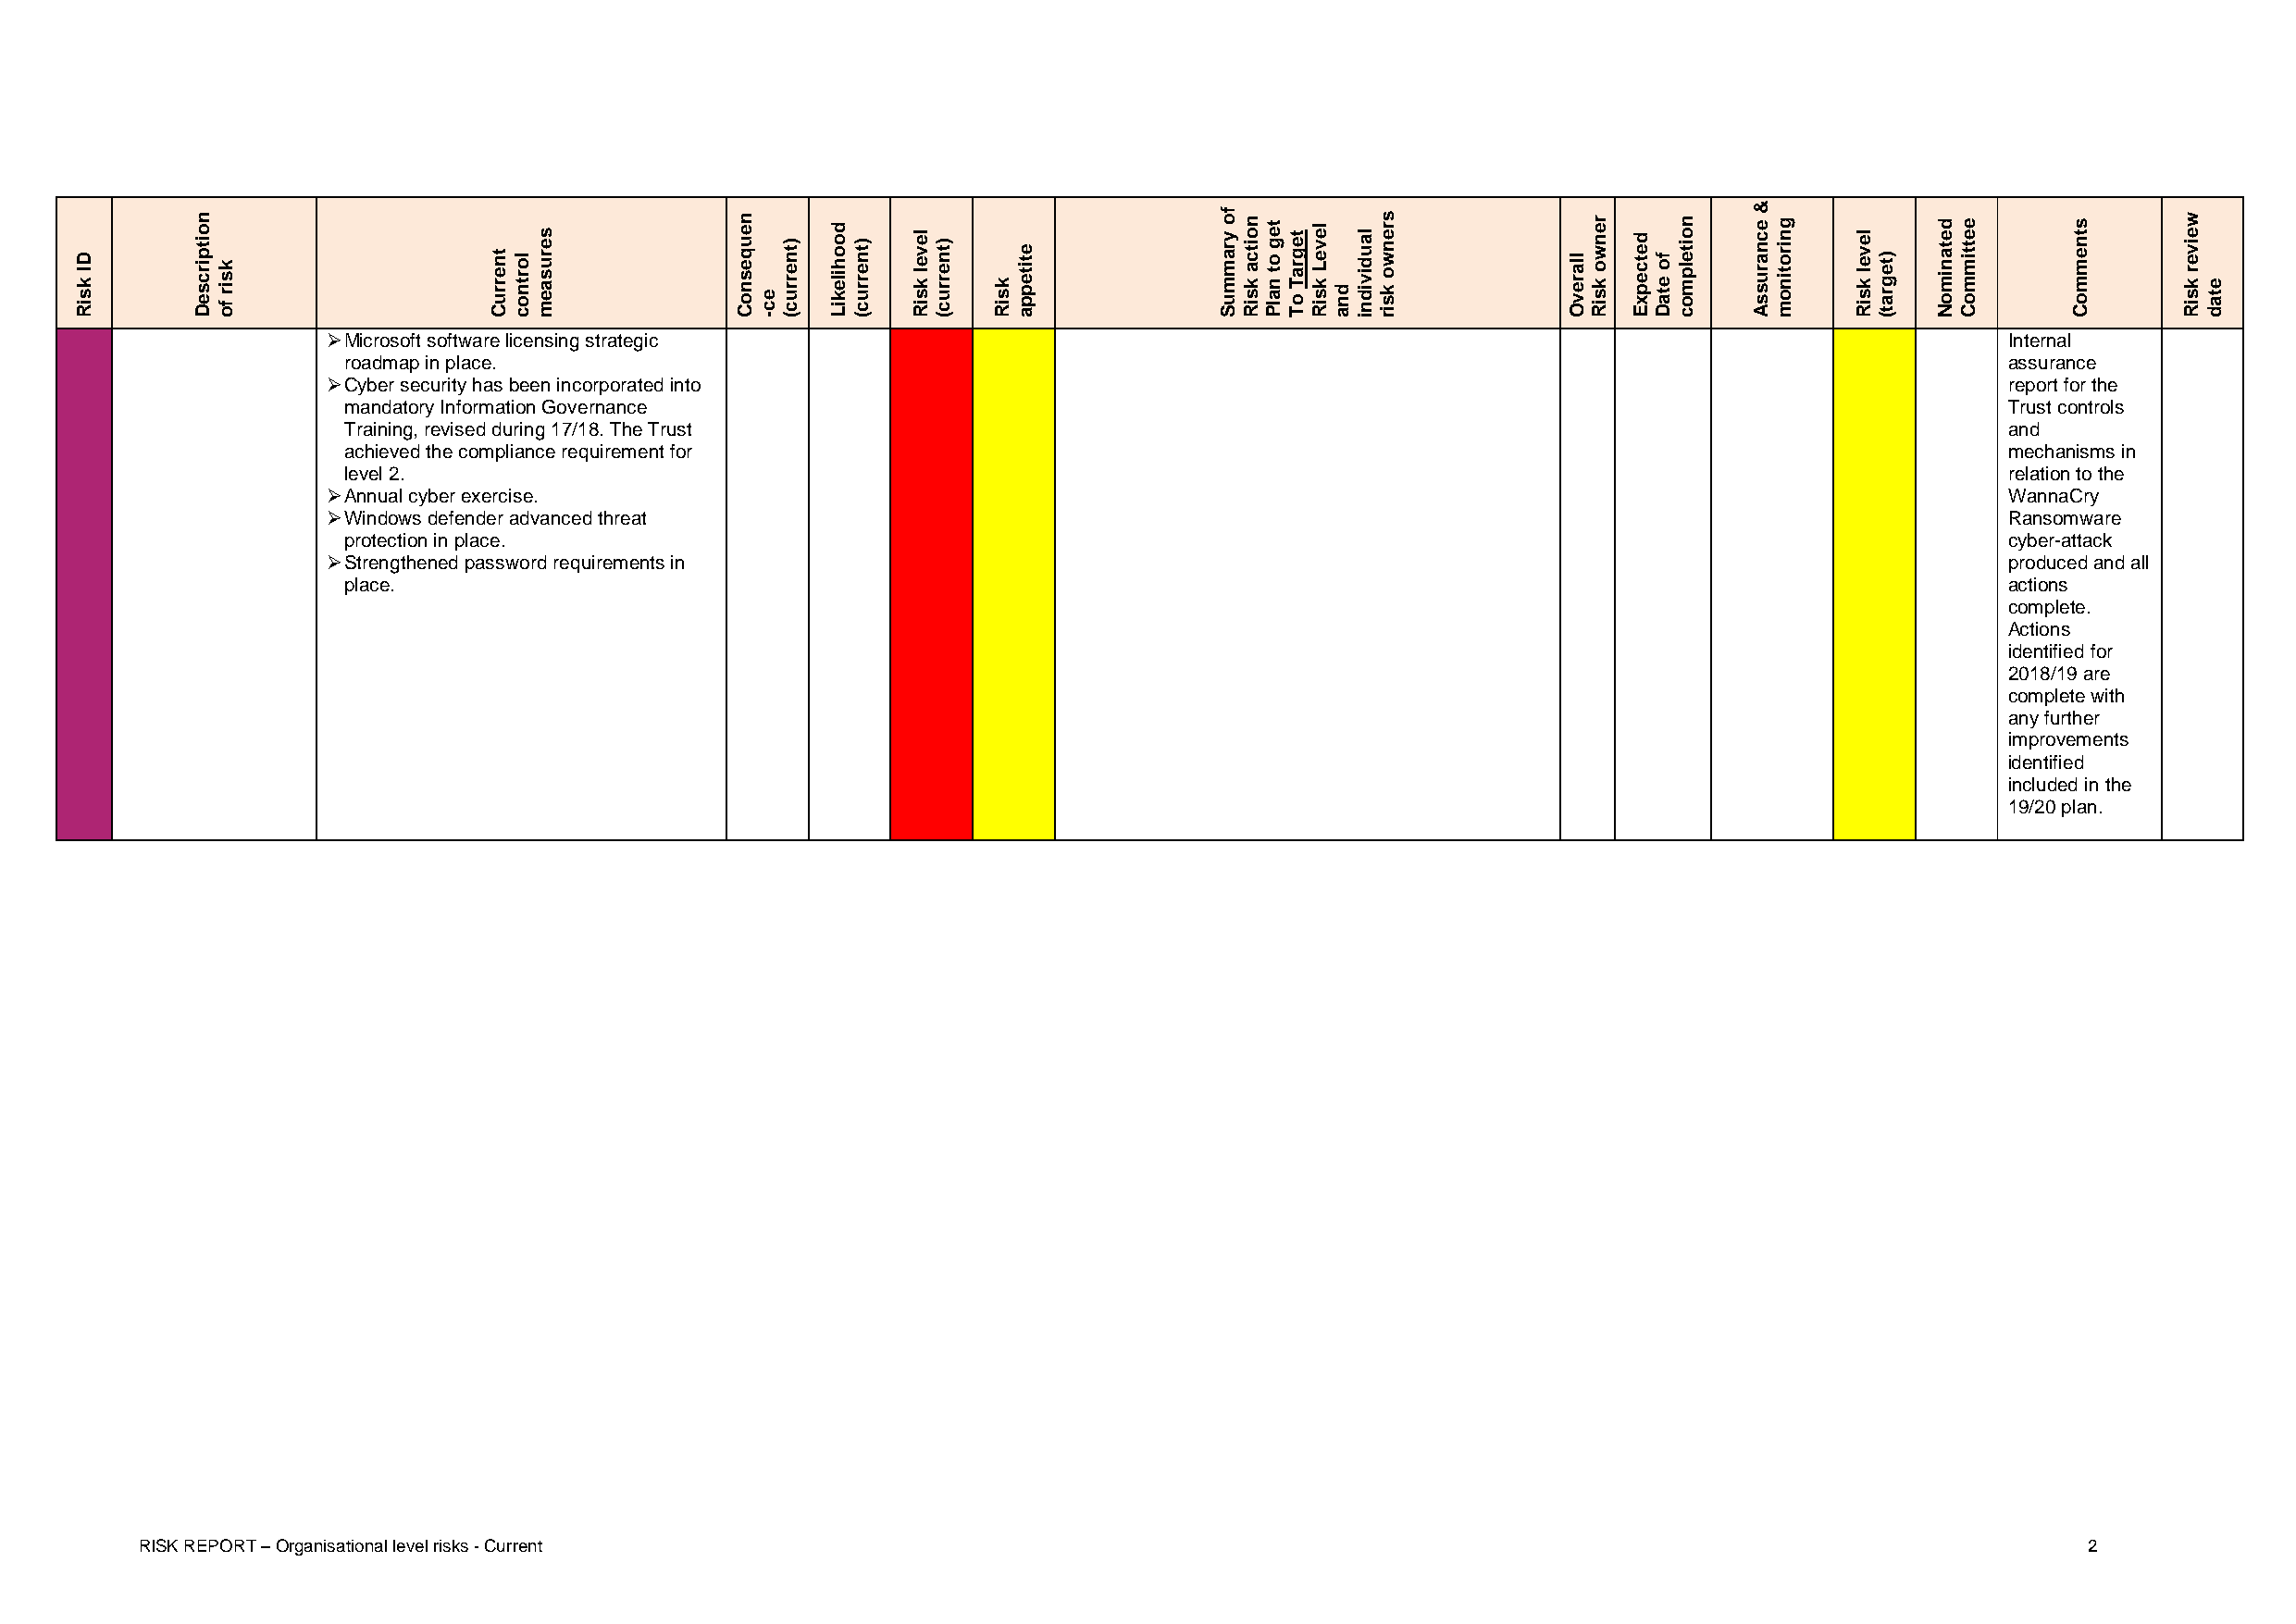
 Microsoft software licensing strategic                                                                                 Internal
 roadmap in place.                                                                                                      assurance
  Cyber security has been incorporated into                                                                              report for the
 mandatory Information Governance                                                                                       Trust controls
 Training, revised during 17/18. The Trust                                                                              and
 achieved the compliance requirement for                                                                                mechanisms in
 level 2.                                                                                                               relation to the
  Annual cyber exercise.                                                                                                 WannaCry
  Windows defender advanced threat                                                                                       Ransomware
 protection in place.                                                                                                   cyber-attack
  Strengthened password requirements in                                                                                  produced and all
 place.                                                                                                                 actions
 complete.
 Actions
 identified for
 2018/19 are
 complete with
 any further
 improvements
 identified
 included in the
 19/20 plan.
 RISK REPORT – Organisational level risks - Current                                                                                         2
 DI
 ksiR
 noitpircseD
 ksir
 fo
 tnerruC lortnoc
 serusaem      neuqesnoC
 ec-
 )tnerruc(
 doohilekiL
 )tnerruc(
 level
 ksiR
 )tnerruc(
 ksiR
 etiteppa
 fo yrammuS noitca
 ksiR
 teg
 ot
 nalP
 tegraT
 oT
 leveL
 ksiR dna
 laudividni srenwo
 ksir
 llarevO
 renwo
 ksiR
 detcepxE
 fo
 etaD
 noitelpmoc
 &
 ecnarussA gnirotinom level
 ksiR
 )tegrat(
 detanimoN eettimmoC stnemmoC weiver
 ksiR etad